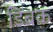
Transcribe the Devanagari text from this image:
डिंबक